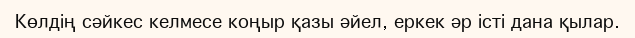
Көлдің сәйкес келмесе коңыр қазы әйел, еркек әр істі дана қылар.